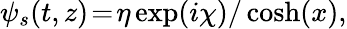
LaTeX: \begin{array}{r}{\psi_{s}(t,z)\! =\! \eta\exp(i\chi)/\cosh(x),}\end{array}